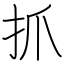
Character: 抓